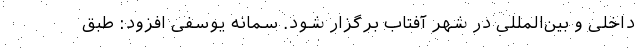
داخلی و بین‌المللی در شهر آفتاب برگزار شود. سمانه یوسفی افزود: طبق